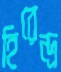
হিরেন্দ্র